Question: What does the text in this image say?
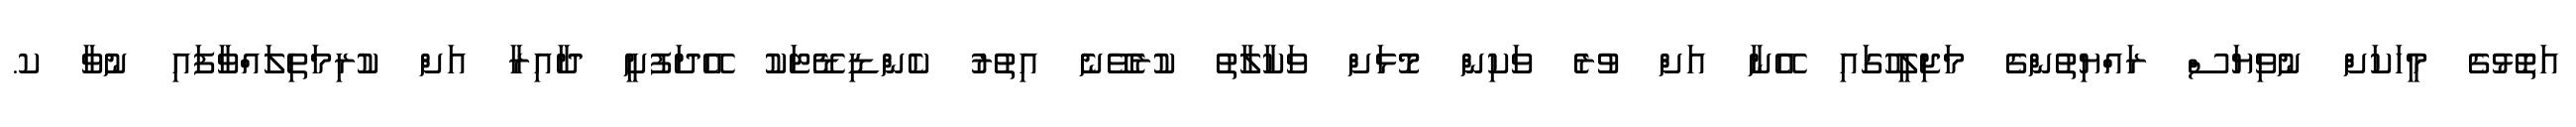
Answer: އަތޮޅުގެ މީހަކަށް ނުވިޔަސް ރައްޔިތުންގެ މަޖިލީހުގައި އޭނާ އަށް ވުރެ ވަކިން މޮޅަށް ވަކާލާތު ކުރެވޭނެ އިތުރު ކެންޑިޑޭޓަކު އޭދަފުށީ ދާއިރާ އަށް ކުރިމަތިލައްވާފައި ނުވާ ކ.